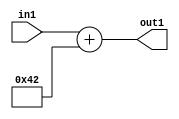
`timescale 1ps / 1ps
/*****************************************************************************
    Verilog RTL Description
    
    
    Created by: Stratus DpOpt 2019.1.01 
*******************************************************************************/

module DC_Filter_Add_12U_180_1 (
	in1,
	out1
	); /* architecture "behavioural" */ 
input [11:0] in1;
output [11:0] out1;
wire [11:0] asc001;

assign asc001 = 
	+(in1)
	+(12'B000001000010);

assign out1 = asc001;
endmodule

/* CADENCE  urnySQA= : u9/ySgnWtBlWxVPRXgAZ4Og= ** DO NOT EDIT THIS LINE ******/